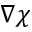
\nabla \chi